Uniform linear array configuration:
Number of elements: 4
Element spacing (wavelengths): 0.25
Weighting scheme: binomial
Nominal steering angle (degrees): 0
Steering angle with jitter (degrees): -1.895
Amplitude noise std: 0.05
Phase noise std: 0.05

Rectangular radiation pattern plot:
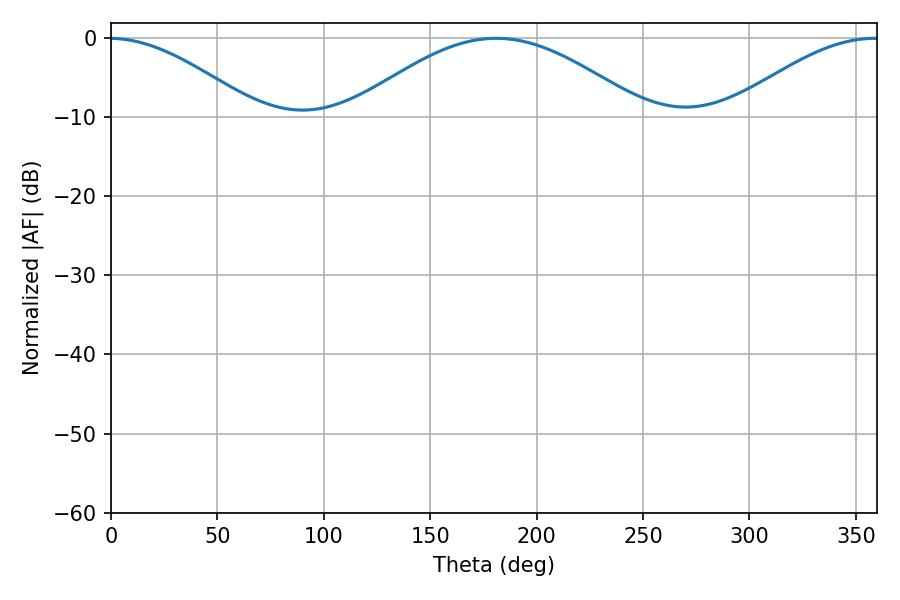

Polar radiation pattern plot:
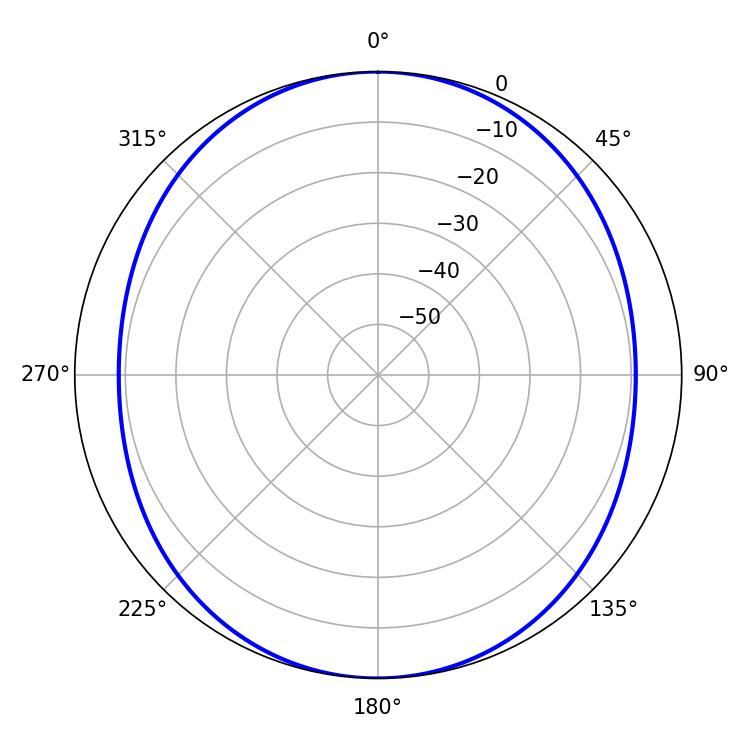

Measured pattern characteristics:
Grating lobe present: FALSE
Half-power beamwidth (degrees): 74.16
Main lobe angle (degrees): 181.08